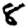
Digit: 8